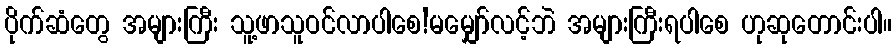
ပိုက်ဆံတွေ အများကြီး သူ့ဖာသူဝင်လာပါစေ!မမျှော်လင့်ဘဲ အများကြီးရပါစေ ဟုဆုတောင်းပါ။